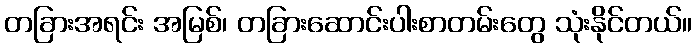
တခြားအရင်း အမြစ်၊ တခြားဆောင်းပါးစာတမ်းတွေ သုံးနိုင်တယ်။